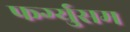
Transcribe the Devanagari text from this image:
फर्ग्युसम